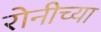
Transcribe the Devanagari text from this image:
रोनीच्या